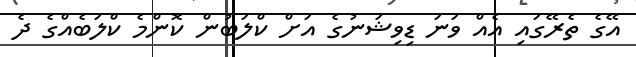
އޭގެ ތެރޭގައި އެއް ވަނަ ޑިވިޝަނުގެ އަށް ކްލަބުން ކޮންމެ ކްލަބެއްގެ ދެ